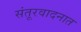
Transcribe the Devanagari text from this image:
संतूरवादनात